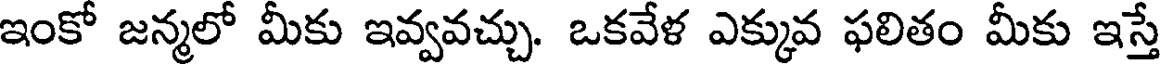
ఇంకో జన్మలో మీకు ఇవ్వవచ్చు. ఒకవేళ ఎక్కువ ఫలితం మీకు ఇస్తే